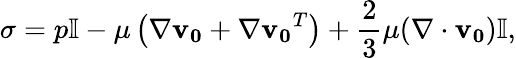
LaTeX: \mathbf{\sigma}=p\mathbb{I}-\mu\left(\nabla\mathbf{v_{0}}+\nabla\mathbf{v_{0}}^{T}\right)+{\frac{2}{3}}\mu(\nabla\cdot\mathbf{v_{0}})\mathbb{I},